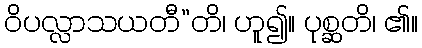
ဝိပလ္လာသယတီ”တိ၊ ဟူ၍။ ပုစ္ဆတိ၊ ၏။